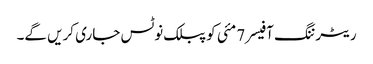
ریٹرننگ آفیسر 7 مئی کو پبلک نوٹس جاری کریں گے۔